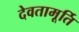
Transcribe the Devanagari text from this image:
देवतामूर्ति